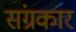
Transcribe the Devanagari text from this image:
संग्रकार